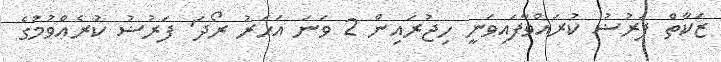
ޒަކާތް ފަރުޟު ކުރައްވާފައިވަނީ ހިޖުރައިން 2 ވަނަ އަހަރު ރޯދަ' ފަރުޟު ކުރެއްވުމުގެ